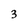
Character: 3